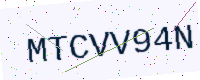
Text: MTCVV94N